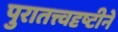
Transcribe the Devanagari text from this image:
पुरातत्त्वदृष्टीने